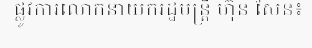
ផ្លូវការលោកនាយករដ្ឋមន្ត្រី ហ៊ុន សែន៖